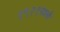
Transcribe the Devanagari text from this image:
१९२१साली